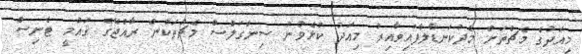
މިއަދުގެ މެޗްތަށް މެދުކަނޑާލާފައިވާއިރު މިއަދު ކުޅެވުނު ސިންގަލްސް މެޗުތަކުން ރާއްޖޭގެ ޤައުމީ ޓެނިސް